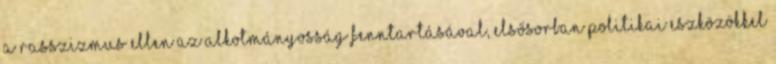
a rasszizmus ellen az alkotmányosság fenntartásával, elsősorban politikai eszközökkel